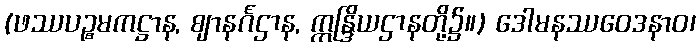
(ဖဿပဉ္စမကဋ္ဌာန, ဈာနင်္ဂဌာန, ဣန္ဒြိယဌာနတို့၌။) ဒေါမနဿဝေဒနာဝ၊